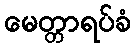
မေတ္တာရပ်ခံ